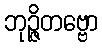
ဘုဉ္ဇိတဗ္ဗော